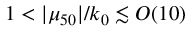
1 < | \mu _ { 5 0 } | / k _ { 0 } \lesssim { \cal O } ( 1 0 )